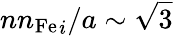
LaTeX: {{nn_{\mathrm{Fe}}}_{i}}/a\sim\sqrt{3}